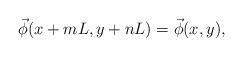
LaTeX: \begin{align*}\vec{\phi}(x+mL,y+nL)=\vec{\phi}(x,y), \end{align*}